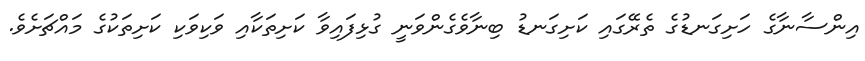
އިންސާނާގެ ހަށިގަނޑުގެ ތެރޭގައި ކަށިގަނޑު ބިނާވެގެންވަނީ ގުޅިފައިވާ ކަށިތަކާއި ވަކިވަކި ކަށިތަކުގެ މައްޗަށެވެ.